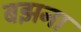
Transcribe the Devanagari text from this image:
बझना